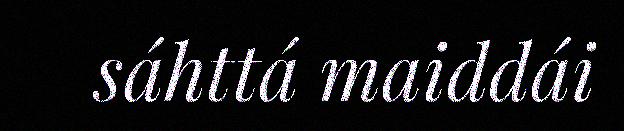
sáhttá maiddái